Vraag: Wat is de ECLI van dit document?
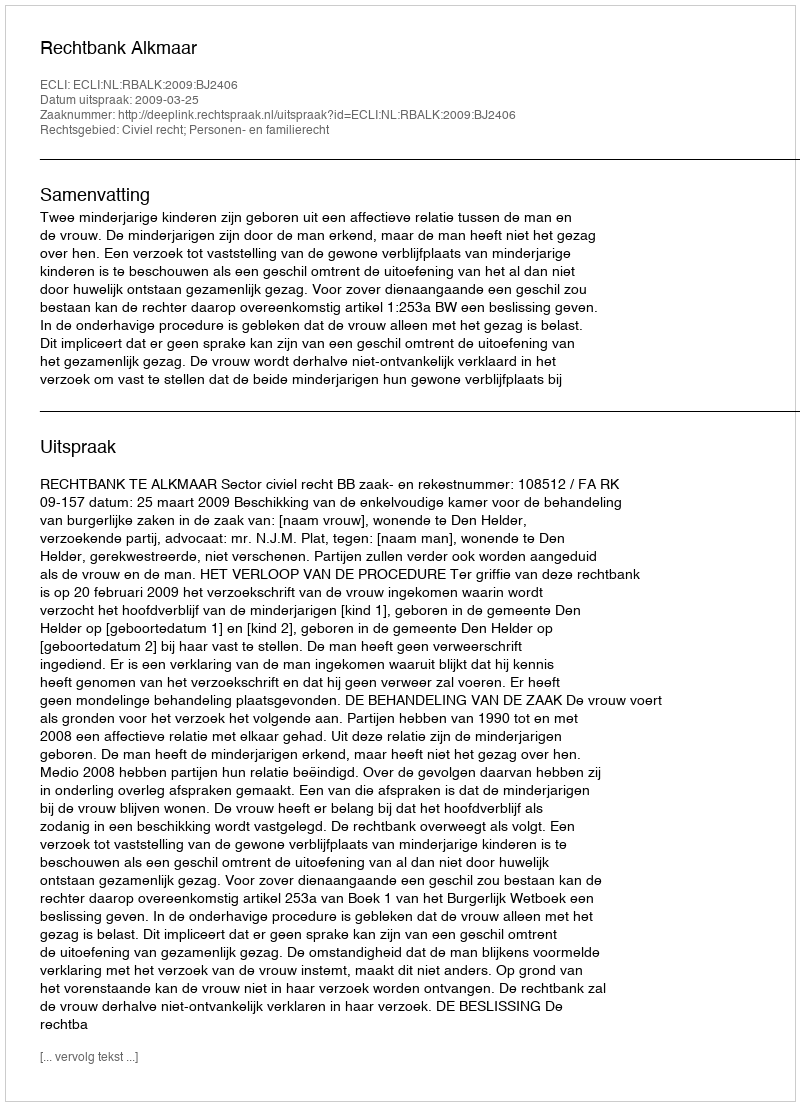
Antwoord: ECLI:NL:RBALK:2009:BJ2406